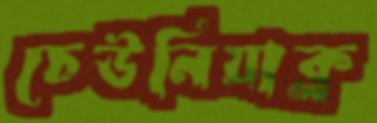
চেউনিয়াক্ল